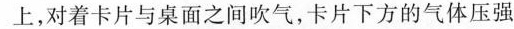
上，对着卡片与桌面之间吹气，卡片下方的气体压强